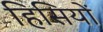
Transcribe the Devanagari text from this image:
हिसियों